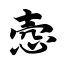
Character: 悫